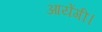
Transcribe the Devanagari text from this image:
आयेंगी।